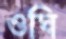
ওঘি